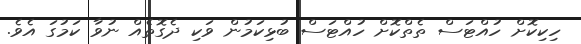
ހިކިކޮށް ހުއްޓަސް ތެތްކޮށް ހުއްޓަސް ބުޅިކަމުން ވަކި ދެގޮތެއް ނުވާ ކަމުގަ އެވެ.